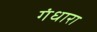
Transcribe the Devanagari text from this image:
गंधारा